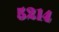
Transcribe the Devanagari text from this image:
५२१४